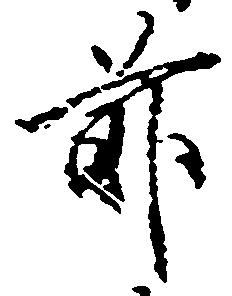
前